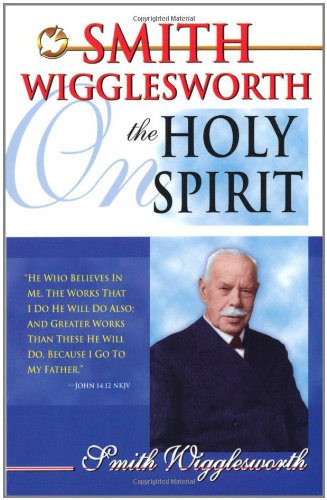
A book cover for Smith Wigglesworth On The Holy Spirit; Smith Wigglesworth; Christian Books & Bibles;